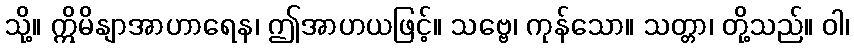
သို့။ ဣိမိနျာအာဟာရေန၊ ဤအာဟယဖြင့်။ သဗ္ဗေ၊ ကုန်သော။ သတ္တာ၊ တို့သည်။ ဝါ၊